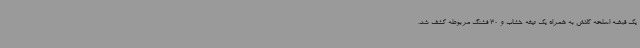
یک قبضه اسلحه کلاش به همراه یک تیغه خشاب و 30 فشنگ مربوطه کشف شد.